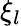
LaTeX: \mathbf{\xi}_{l}